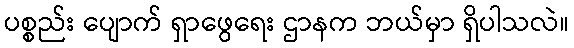
ပစ္စည်း ပျောက် ရှာဖွေရေး ဌာနက ဘယ်မှာ ရှိပါသလဲ။